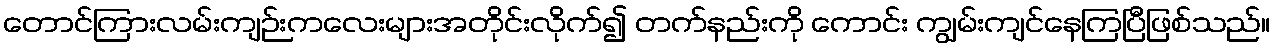
တောင်ကြားလမ်းကျဉ်းကလေးများအတိုင်းလိုက်၍ တက်နည်းကို ကောင်း ကျွမ်းကျင်နေကြပြီဖြစ်သည်။